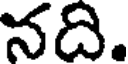
నది.